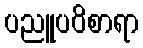
ပညူပဝိစာရာ